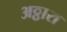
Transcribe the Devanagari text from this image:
अठ्ठारा